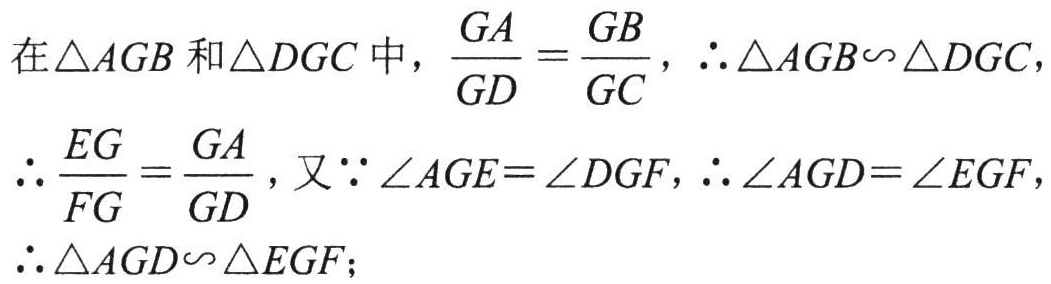
在$\triangle AGB$和$\triangle DGC$中，$\frac{GA}{GD}=\frac{GB}{GC}$，$\therefore \triangle AGB\sim\triangle DGC$，

$\therefore \frac{EG}{FG}=\frac{GA}{GD}$，又$\because \angle AGE = \angle DGF$，$\therefore \angle AGD=\angle EGF$，

$\therefore \triangle AGD\sim\triangle EGF$；